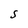
Character: S